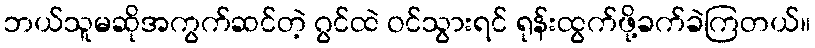
ဘယ်သူမဆိုအကွက်ဆင်တဲ့ ဂွင်ထဲ ဝင်သွားရင် ရုန်းထွက်ဖို့ခက်ခဲကြတယ်။